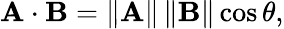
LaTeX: \mathbf{A}\cdot\mathbf{B}=\| \mathbf{A}\| \, \| \mathbf{B}\| \cos\theta,